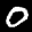
Label: 0